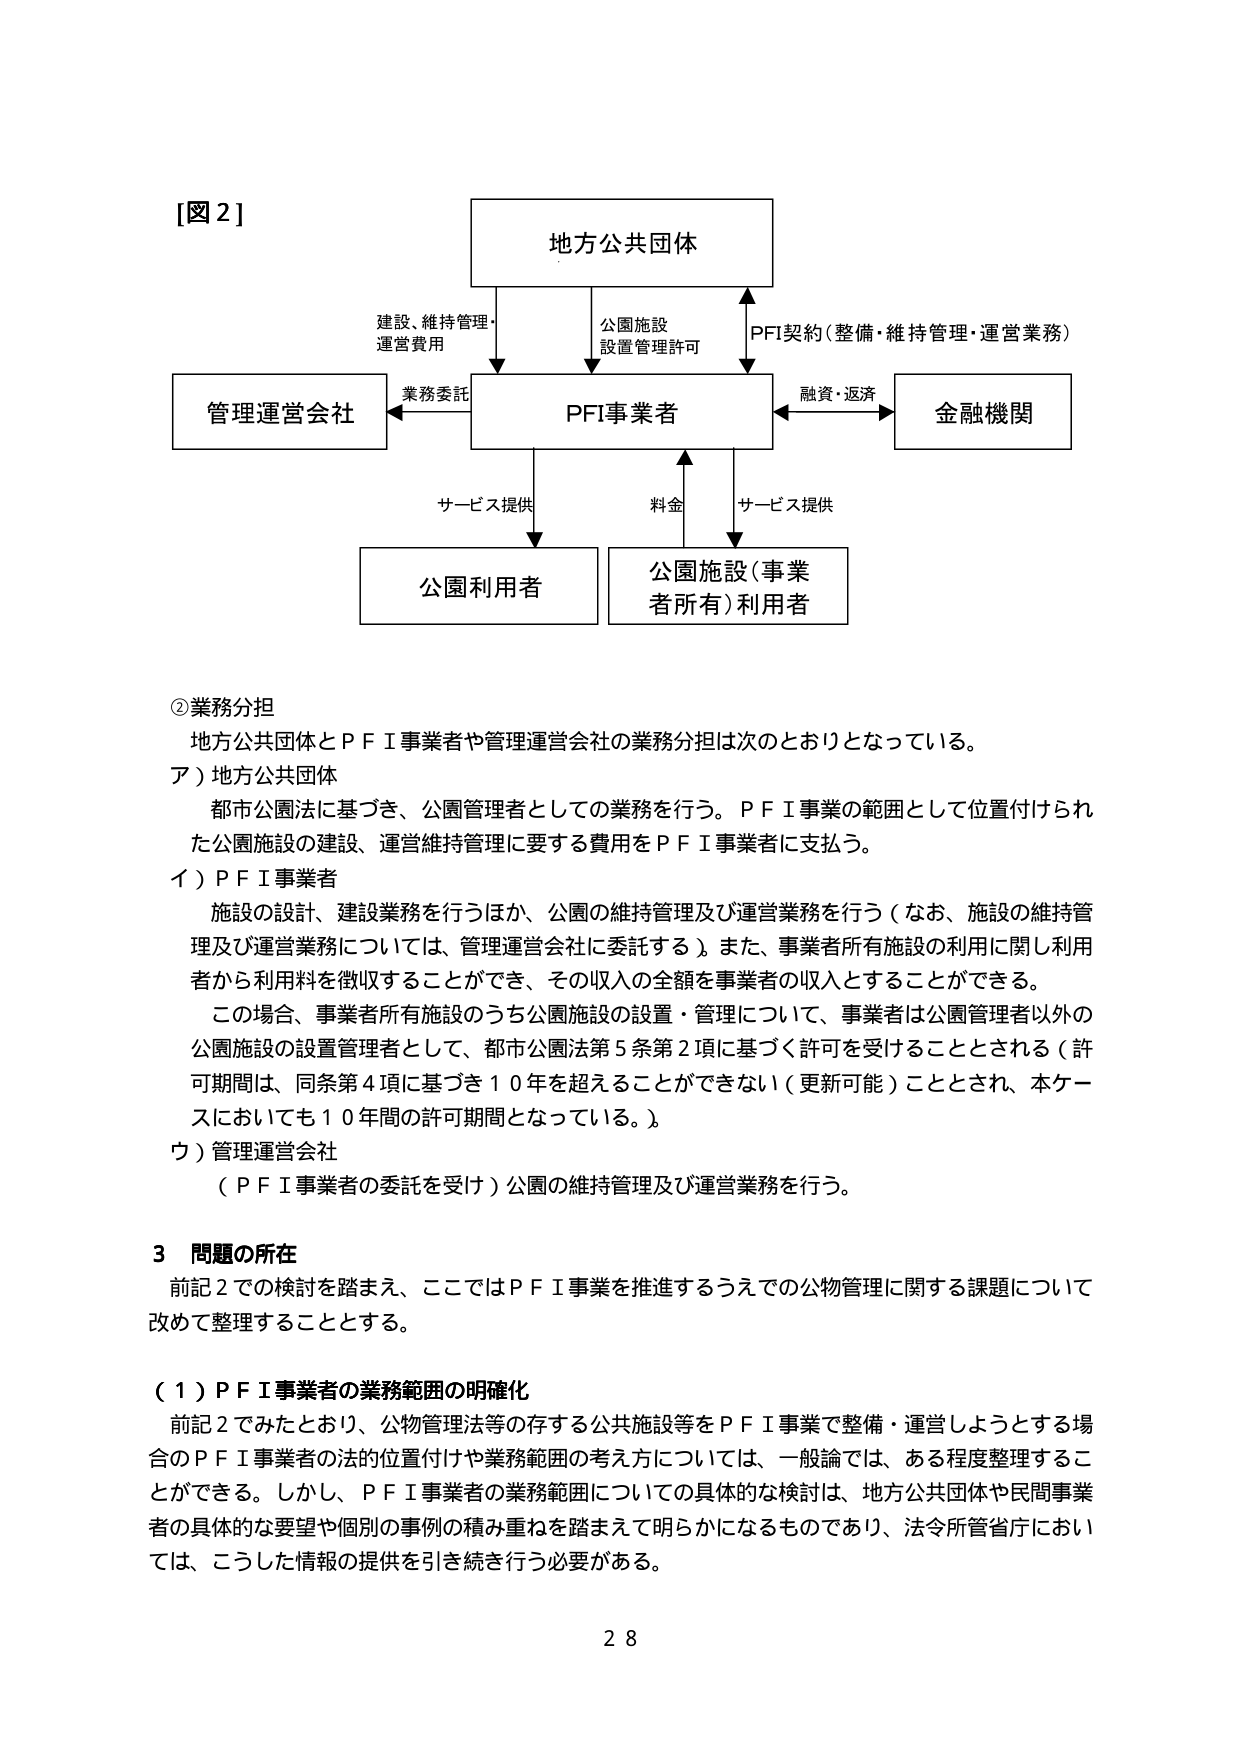
[図2]

地方公共団体

建設、維持管理・
運営費用

公園施設
設置管理許可

PFI契約（整備・維持管理・運営業務）

業務委託

管理運営会社

PFI事業者

融資・返済

金融機関

サービス提供

料金

サービス提供

公園利用者

公園施設（事業
者所有）利用者

②業務分担
地方公共団体とＰＦＩ事業者や管理運営会社の業務分担は次のとおりとなっている。
ア）地方公共団体
都市公園法に基づき、公園管理者としての業務を行う。ＰＦＩ事業の範囲として位置付けられ
た公園施設の建設、運営維持管理に要する費用をＰＦＩ事業者に支払う。
イ）ＰＦＩ事業者
施設の設計、建設業務を行うほか、公園の維持管理及び運営業務を行う（なお、施設の維持管
理及び運営業務については、管理運営会社に委託する）。また、事業者所有施設の利用に関し利用
者から利用料を徴収することができ、その収入の全額を事業者の収入とすることができる。
この場合、事業者所有施設のうち公園施設の設置・管理について、事業者は公園管理者以外の
公園施設の設置管理者として、都市公園法第5条第2項に基づく許可を受けることとされる（許
可期間は、同条第4項に基づき10年を超えることができない（更新可能）こととされ、本ケー
スにおいても10年間の許可期間となっている。）。
ウ）管理運営会社
（ＰＦＩ事業者の委託を受け）公園の維持管理及び運営業務を行う。

3 問題の所在
前記2での検討を踏まえ、ここではＰＦＩ事業を推進するうえでの公物管理に関する課題について
改めて整理することとする。

（1）ＰＦＩ事業者の業務範囲の明確化
前記2でみたとおり、公物管理法等の存する公共施設等をＰＦＩ事業で整備・運営しようとする場
合のＰＦＩ事業者の法的位置付けや業務範囲の考え方については、一般論では、ある程度整理するこ
とができる。しかし、ＰＦＩ事業者の業務範囲についての具体的な検討は、地方公共団体や民間事業
者の具体的な要望や個別の事例の積み重ねを踏まえて明らかになるものであり、法令所管省庁におい
ては、こうした情報の提供を引き続き行う必要がある。

28